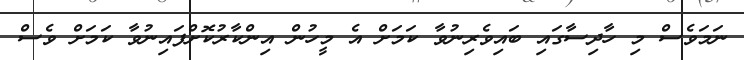
ނަމަވެސް މި ހާދިސާގައި ބައިވެރިނުވާ ކަމަށް އެ މީހުން އިންކާރުކޮށްފައިނުވާ ކަމަށް ވެސް